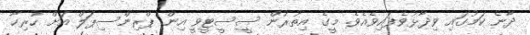
ދާނެ ކަމުގައި ވިދާޅުވެފައިވެއެވެ. މީގެ އިތުރުން ސީސީޓީވީ އިން ޕްރިންސިޕަލް އަށް ހުރިހާ